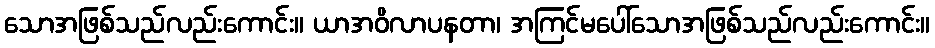
သောအဖြစ်သည်လည်းကောင်း။ ယာအဝိလာပနတာ၊ အကြင်မပေါ်သောအဖြစ်သည်လည်းကောင်း။